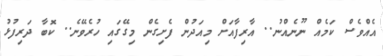
އެއްވެސް ކަމެއް ނޫނެއްނު.. އާރިފާއަށް މިއަދުން ފެށިގެން މިގޭގައި ހުރެވޭނެ.. ކޮބާ ދަރިފުޅު